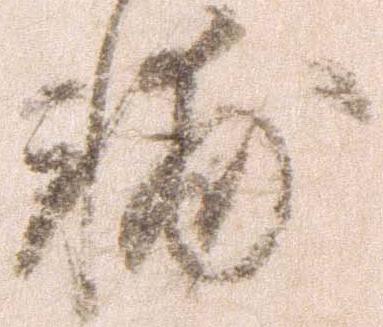
輔